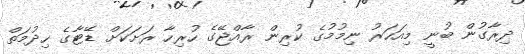
ދިރާގުން ބުނީ މިއަހަރު ނިމުމުގެ ކުރިން ރާއްޖޭގެ ހުރިހާ ރަށަކަށް ޑޭޓާގެ ހިދުމަތް